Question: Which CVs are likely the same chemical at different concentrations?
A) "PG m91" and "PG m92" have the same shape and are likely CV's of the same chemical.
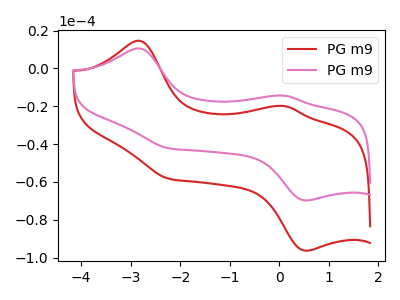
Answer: <think>The red curve "PG m91" has anodic peaks at (-2.85V, 14.65uA) (0.10V, -19.85uA) and cathodic peaks at (-2.20V, -58.40uA) (0.55V, -96.45uA). The pink curve "PG m92" has anodic peaks at (-2.85V, 10.60uA) (0.10V, -14.40uA) and cathodic peaks at (-2.20V, -42.30uA) (0.55V, -69.85uA).
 All the peaks in "PG m91" have a peak in "PG m92" at the same potential.</think>
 <answer>A) "PG m91" and "PG m92" have the same shape and are likely CV's of the same chemical.</answer>
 <eval>A</eval>